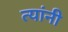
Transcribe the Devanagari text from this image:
त्‍यांंनी